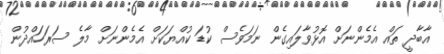
އާބާދީ ތައް އެމެންނަށް އޮޅުވާލައިގެން ނަމަވެސް ކުޑަ ކުއްޔަކަށް އެމެންނަށް މާލެ ސަރަހައްދުން